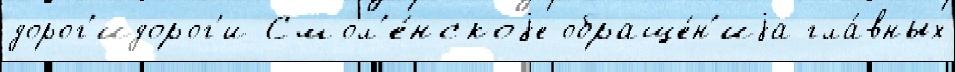
дорог'идорог'и Смол'е́нскоjе обраще́н'иjа гла́вных